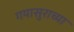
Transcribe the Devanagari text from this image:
गयासुराच्या